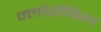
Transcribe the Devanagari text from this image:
क्‍लोरोफिल